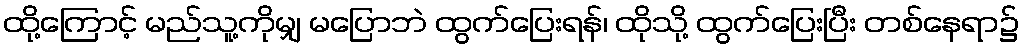
ထို့ကြောင့် မည်သူ့ကိုမျှ မပြောဘဲ ထွက်ပြေးရန်၊ ထိုသို့ ထွက်ပြေးပြီး တစ်နေရာ၌